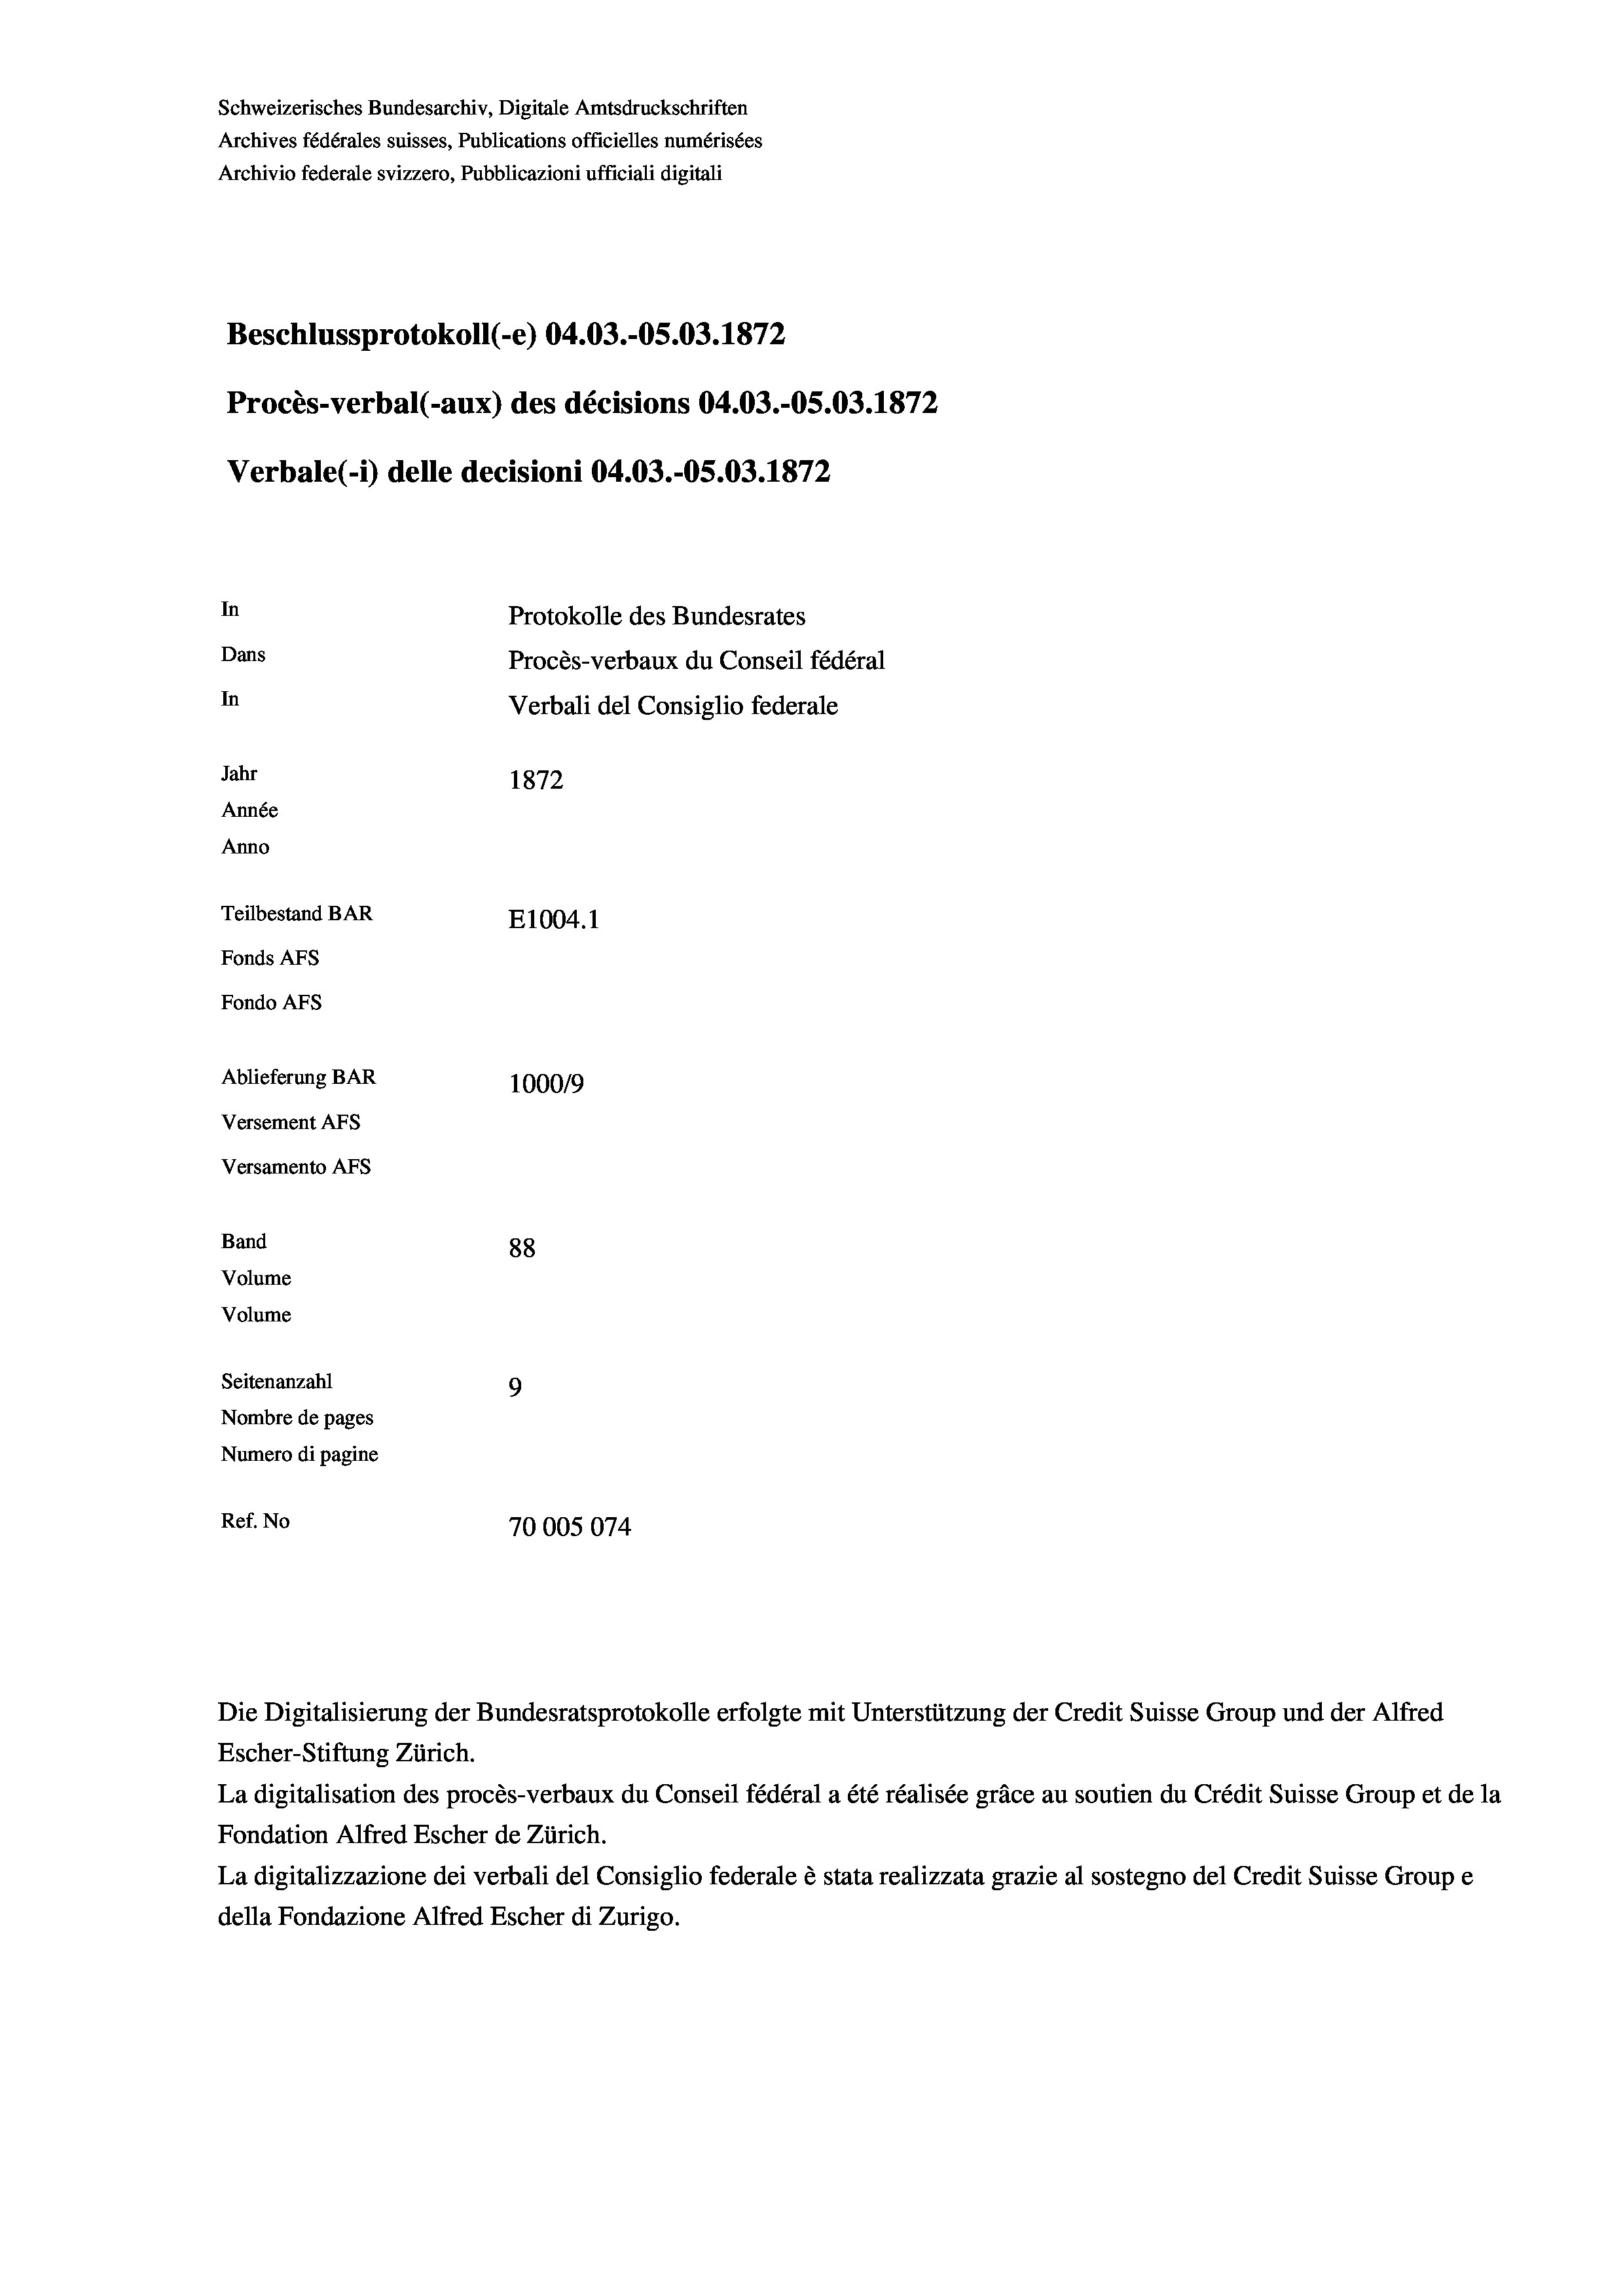
Schweizerisches Bundesarchiv, Digitale Amtsdruckschriften
Archives fédérales suisses, Publications officielles numérisées
Archivio federale svizzero, Pubblicazioni ufficiali digitali
Beschlussprotokoll (-e) 04.03.-OS.03. 1872
Procès-verbal (-aux) des décisions 04.03.-05.03. 1872
Verbale (1) delle decisioni 04.03.-O5.03. 1872
In
Protokolle des Bundesrates
Dans
Procès-verbaux du Conseil fédéral
In
Verbali del Consiglio federale
Jahr
1872
Année
Anno
Teilbestand BAR
E1004. 1
Fonds Afs
Fondo AFS
Ablieferung BAR
100019
Versement AFs
Versamento Afs
Band
88
Volume
Volume
Seitenanzahl
9
Nombre de pages
Numero di pagine
Ref. No
70005074

La digitalisation des procès-verbaux du Conseil fédéral a été réalisée gräce au soutien du Crédit Suisse Group et de la
Fondation Alfred Escher de Zürich.
La digitalizzazione dei verbali del Consiglio federale è stata realizzata grazie al sostegno del Credit Suisse Groupe
della Fondazione Alfred Escher di Zurigo.

Die Digitalisierung der Bundesratsprotokolle erfolgte mit Unterstützung der Credit Suisse Group und der Alfred
Escher-Stiftung Zürich.